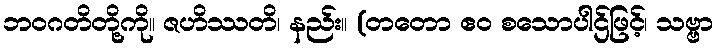
ဘဝဂတိတို့ကို။ ဇဟိဿတိ၊ နည်း။ (တတော ဧဝ စသောပါဌ်ဖြင့်၊ သဗ္ဗာ